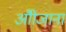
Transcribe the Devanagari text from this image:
औीजाना